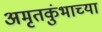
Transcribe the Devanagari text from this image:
अमृतकुंभाच्या